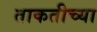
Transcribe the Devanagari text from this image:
ताकतीच्या